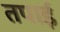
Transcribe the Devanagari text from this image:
तपाई